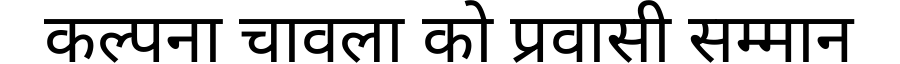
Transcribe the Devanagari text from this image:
कल्पना चावला को प्रवासी सम्मान